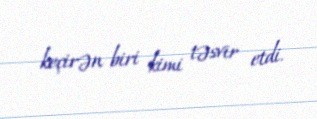
keçirən biri kimi təsvir etdi.